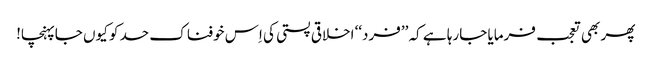
پھر بھی تعجب فرمایا جارہا ہے کہ ’’فرد‘‘ اخلاقی پستی کی اِس خوفناک حد کو کیوں جاپہنچا!